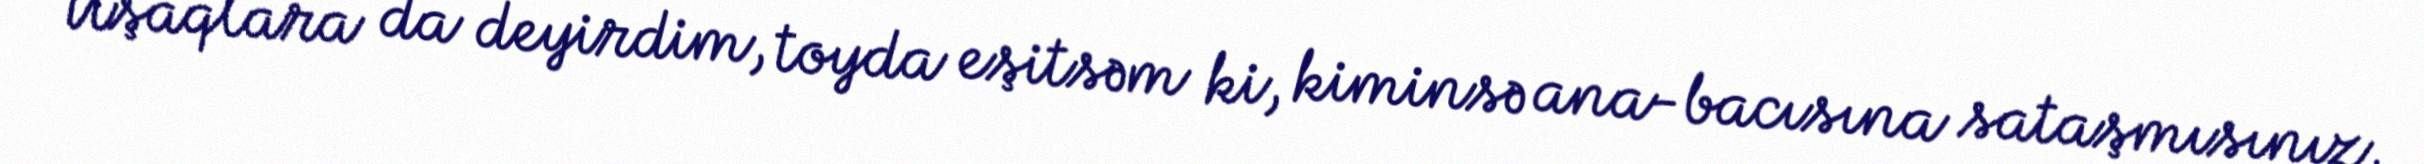
Uşaqlara da deyirdim, toyda eşitsəm ki, kiminsə ana-bacısına sataşmısınız,